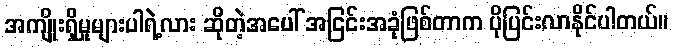
အကျိုးရှိမှုများပါရဲ့လား ဆိုတဲ့အပေါ် အငြင်းအခုံဖြစ်တာက ပိုပြင်းလာနိုင်ပါတယ်။